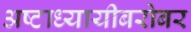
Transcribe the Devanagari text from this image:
अष्टाध्यायीबरोबर